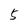
Character: 5